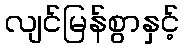
လျင်မြန်စွာနှင့်